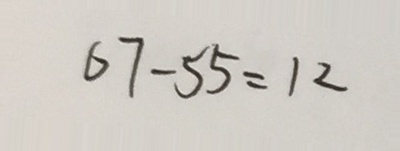
6 7 - 5 5 = 1 2